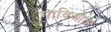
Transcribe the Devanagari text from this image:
गाविओता